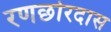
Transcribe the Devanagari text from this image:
रणछोरदास